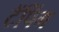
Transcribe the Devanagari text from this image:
टॅपिंग